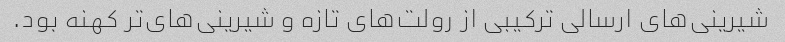
شیرینی‌های ارسالی ترکیبی از رولت‌های تازه و شیرینی‌های‌تر کهنه بود.